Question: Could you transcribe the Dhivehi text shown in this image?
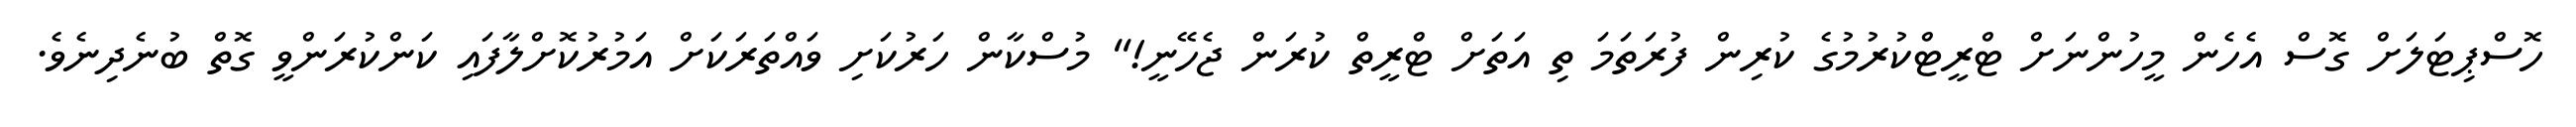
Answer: ހޮސްޕިޓަލަށް ގޮސް އެހެން މީހުންނަށް ޓްރީޓްކުރުމުގެ ކުރިން ފުރަތަމަ ތި އަތަށް ޓްރީތް ކުރަން ޖެހޭނީ!" މުސްކާން ހަރުކަށި ވައްތަރަކަށް އަމުރުކޮށްލާފައި ކަންކުރަންވީ ގޮތް ބުނެދިނެވެ.